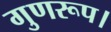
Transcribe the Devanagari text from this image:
गुणरूप।